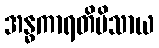
အန္ဓကာရတိမိသာယ